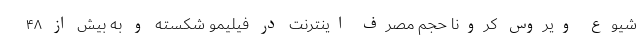
شیوع ویروس کرونا حجم مصرف اینترنت در فیلیمو شکسته و به بیش از ۴۸